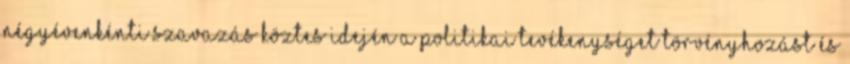
négyévenkénti szavazás köztes idején a politikai tevékenységet törvényhozást és